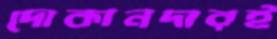
দোকানদারই